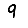
Digit: 9